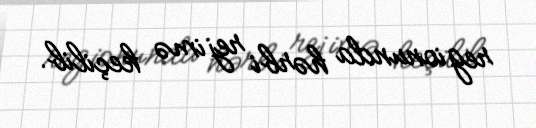
regionunda hərbi rejimə keçilib.